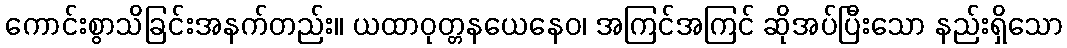
ကောင်းစွာသိခြင်းအနက်တည်း။ ယထာဝုတ္တနယေနေဝ၊ အကြင်အကြင် ဆိုအပ်ပြီးသော နည်းရှိသော